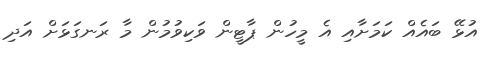
އުޅޭ ބައެއް ކަމަށާއި އެ މީހުން ޕާޓީން ވަކިވުމުން މާ ރަނގަޅަށް އަދި